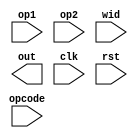
module FALU64
(
    input [63:0]op1,
    input [63:0]op2,
    input [2:0]opcode,
    input wid,
    output [63:0]out,
    input clk,
    input rst
);
wire sign1,sign2;
wire [9:0]exp1;
wire [9:0]exp2;
wire exp_sgn1,exp_sgn2;
wire [9:0]exp_diff;

wire [52:0]val1;
wire [52:0]val2;
wire [15:0]opstat;//MSB|Sign2/Sign1/Inf2/Inf1/NaN2/NaN1|LSB
wire [63:0]fmax;
wire [63:0]fmin;

assign sign1=(wid)?op1[63]:op1[31];
assign sign2=(wid)?op2[63]:op2[31];
assign exp1=(wid)?op1[62:52]:{{2{op1[30]}},op1[30:23]};
assign exp2=(wid)?op2[62:52]:{{2{op1[30]}},op2[30:23]};
assign val1=(wid)?op1[51:0]:{{30{op1[22]}},op1[22:0]};
assign val2=(wid)?op2[51:0]:{{30{op1[22]}},op2[22:0]};
assign exp_sgn1=exp1[9];
assign exp_sgn2=exp2[9];
//op status generation
assign opstat[0]=(val1!=0&(wid&(exp1==11'h7ff)));//NaN Gen
assign opstat[1]=(val2!=0&(wid&(exp2==11'h7ff)));
assign opstat[2]=(val1==0&(wid&(exp1==11'h7ff)));//Inf Gen(have sign bits, so this won't care about +-)
assign opstat[3]=(val2==0&(wid&(exp2==11'h7ff)));
assign opstat[4]=sign1;
assign opstat[5]=sign2;

//FCMP

reg [1:0]exp_cmp; //00=expA>expB,01=expA<expB,10=expA=expB
wire much_larger;
assign diff_sym=sign1^sign2;
assign exp_diff=exp1-exp2;
assign much_larger=(exp_diff>11'd52);
//generate difference of exponential word
always @(*)
begin
    casex({exp_sgn1|exp_sgn2})
    2'b00:      
        begin
            exp_cmp={(exp_diff==0),exp_diff[9]};
        end
    2'b01:      
        begin
            exp_cmp=2'b0;
        end
    2'b10:        
        begin
            exp_cmp=2'b1;
        end
    2'b11:        
        begin
            exp_cmp={(exp_diff==0),~exp_diff[9]};
        end
    default:
        begin
            exp_cmp=1'bx;
        end
    endcase
end
//FMAX/FMIN generation
wire a_larger;
wire a_equ_b;
assign a_larger=(sign1>sign2)|
            (exp_cmp==2'b00)|
            ((exp_cmp==2'b10)&(val1>val2));
assign a_equ_b=(op1==op2);
assign fmax=(a_larger)?op1:op2;
assign fmin=(a_larger)?op2:op1;

//FADDER






endmodule